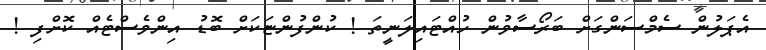
އެޕަލުން ސެމްސަންގަށް ބަރޯސާވުން ހުއްޓައިލަނީތަ ! ކުންފުންޏަކަށް ބޮޑު އިންވެސްޓެއް ކޮށްފި !